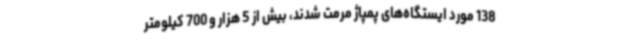
138 مورد ایستگاه‌های پمپاژ مرمت شدند، بیش از 5 هزار و 700 کیلومتر